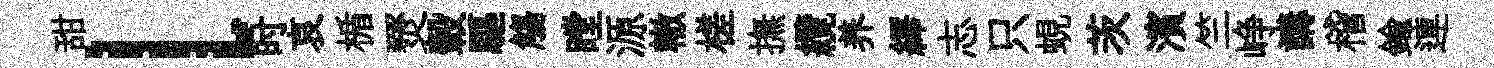
甜l时哀楯燹轂驅觴瞠源轍槎撫纜养繹志只蜆茨濱竺峥講稽鍮連